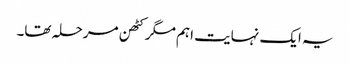
یہ ایک نہایت اہم مگر کٹھن مرحلہ تھا۔